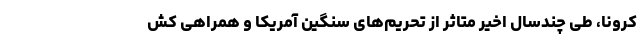
کرونا، طی چندسال اخیر متاثر از تحریم‌های سنگین آمریکا و همراهی کش